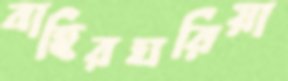
বাহিরঘরিয়া